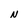
Character: N